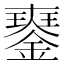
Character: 𨫹